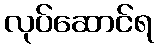
လုပ်ဆောင်ရ